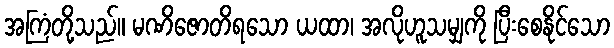
အကြံတို့သည်။ မဏိဇောတိရသော ယထာ၊ အလိုဟူသမျှကို ပြီးစေနိုင်သော